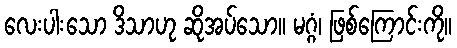
လေးပါးသော ဒိသာဟု ဆိုအပ်သော။ မဂ္ဂံ၊ ဖြစ်ကြောင်းကို။